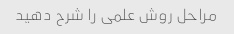
مراحل روش علمی را شرح دهید